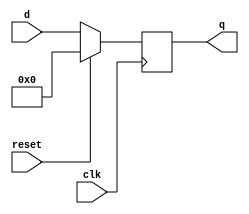
module top_module (
    input clk,
    input reset,            // Synchronous reset
    input [7:0] d,
    output reg [7:0] q
);

    // D flip-flops logic: Capture d at the rising edge of clk if reset is low; else set q to 0
    always @(posedge clk) begin
        if (reset) 
            q <= 8'b00000000;
        else 
            q <= d;
    end

endmodule